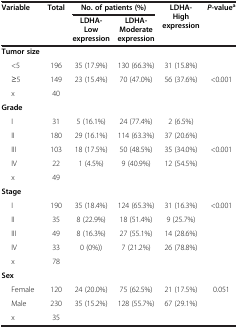
<table><thead><tr><td rowspan="2"><b>Variable</b></td><td rowspan="2"><b>Total</b></td><td colspan="2"><b>No. of patients (%)</b></td><td rowspan="2"><b>LDHA-High expression</b></td><td rowspan="2"><b><i>P</i>-value<sup>a</sup></b></td></tr><tr><td><b>LDHA-Low expression</b></td><td><b>LDHA-Moderate expression</b></td></tr></thead><tbody><tr><td><b>Tumor size</b></td><td> </td><td> </td><td> </td><td> </td><td> </td></tr><tr><td>&lt;5</td><td>196</td><td>35 (17.9%)</td><td>130 (66.3%)</td><td>31 (15.8%)</td><td> </td></tr><tr><td>≥5</td><td>149</td><td>23 (15.4%)</td><td>70 (47.0%)</td><td>56 (37.6%)</td><td>&lt;0.001</td></tr><tr><td>x</td><td>40</td><td> </td><td> </td><td> </td><td> </td></tr><tr><td><b>Grade</b></td><td> </td><td> </td><td> </td><td> </td><td> </td></tr><tr><td>I</td><td>31</td><td>5 (16.1%)</td><td>24 (77.4%)</td><td>2 (6.5%)</td><td> </td></tr><tr><td>II</td><td>180</td><td>29 (16.1%)</td><td>114 (63.3%)</td><td>37 (20.6%)</td><td> </td></tr><tr><td>III</td><td>103</td><td>18 (17.5%)</td><td>50 (48.5%)</td><td>35 (34.0%)</td><td>&lt;0.001</td></tr><tr><td>IV</td><td>22</td><td>1 (4.5%)</td><td>9 (40.9%)</td><td>12 (54.5%)</td><td> </td></tr><tr><td>x</td><td>49</td><td> </td><td> </td><td> </td><td> </td></tr><tr><td><b>Stage</b></td><td> </td><td> </td><td> </td><td> </td><td> </td></tr><tr><td>I</td><td>190</td><td>35 (18.4%)</td><td>124 (65.3%)</td><td>31 (16.3%)</td><td>&lt;0.001</td></tr><tr><td>II</td><td>35</td><td>8 (22.9%)</td><td>18 (51.4%)</td><td>9 (25.7%)</td><td> </td></tr><tr><td>III</td><td>49</td><td>8 (16.3%)</td><td>27 (55.1%)</td><td>14 (28.6%)</td><td> </td></tr><tr><td>IV</td><td>33</td><td>0 (0%))</td><td>7 (21.2%)</td><td>26 (78.8%)</td><td> </td></tr><tr><td>x</td><td>78</td><td> </td><td> </td><td> </td><td> </td></tr><tr><td><b>Sex</b></td><td> </td><td> </td><td> </td><td> </td><td> </td></tr><tr><td>Female</td><td>120</td><td>24 (20.0%)</td><td>75 (62.5%)</td><td>21 (17.5%)</td><td>0.051</td></tr><tr><td>Male</td><td>230</td><td>35 (15.2%)</td><td>128 (55.7%)</td><td>67 (29.1%)</td><td> </td></tr><tr><td>x</td><td>35</td><td> </td><td> </td><td> </td><td> </td></tr></tbody></table>